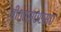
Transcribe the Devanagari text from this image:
बी०एस०एस०